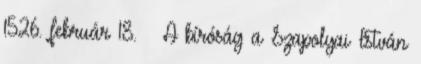
1526. február 18. – A bíróság a Szapolyai István